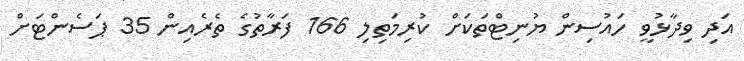
އަދި ވިދާޅުވީ ހައުސިން ޔުނިޓްތަކަށް ކުރިމަތިލި 166 ފަރާތުގެ ތެރެއިން 35 ޕަސެންޓަށް